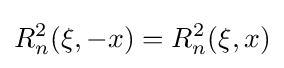
R_{n}^{2}(\xi ,-x)=R_{n}^{2}(\xi ,x)